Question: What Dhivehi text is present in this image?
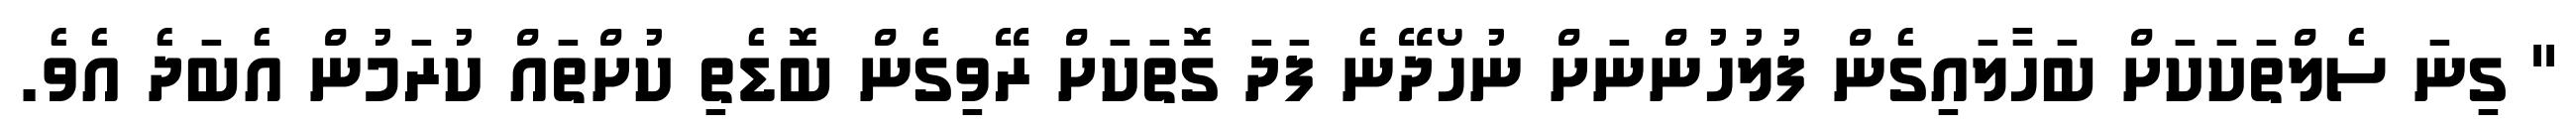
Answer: " ގިނަ ސެލްތަކަކަށް ބަހާލައިގެން ފުލުހުންނަށް ނުހޯދޭނެ ފަދަ ގޮތަކަށް ރޭވިގެން ބޮޑެތި ކުށްތައް ކުރަމުން އެބަދެ އެވެ.